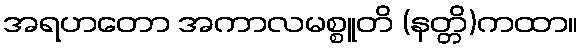
အရဟတော အကာလမစ္စူတိ (နတ္တိ)ကထာ။